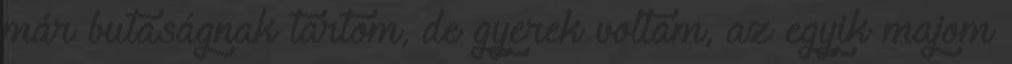
már butaságnak tartom, de gyerek voltam, az egyik majom